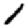
Digit: 1